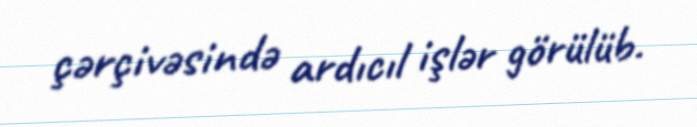
çərçivəsində ardıcıl işlər görülüb.